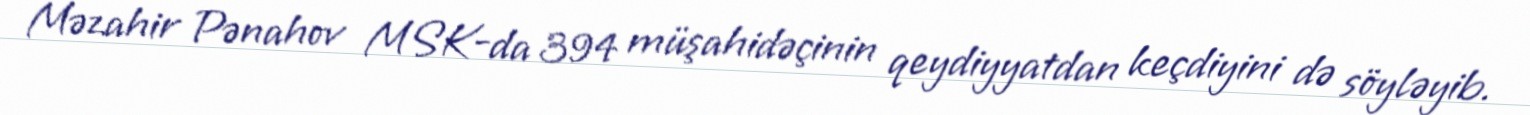
Məzahir Pənahov MSK-da 394 müşahidəçinin qeydiyyatdan keçdiyini də söyləyib.